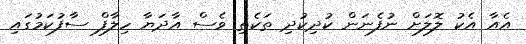
އެއާ އެކު ލޮލަށް ނުފެނަން ކުދިކުދި ތަކެތި ވެސް އާދަޔާ ހިލާފް ސާފުކަމުގައި